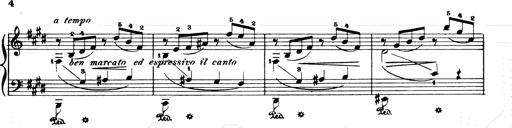
Title: Consolations and LiebestrÃ¤ume for the Piano
Composer: Franz Liszt